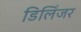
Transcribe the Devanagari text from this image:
डिलिंजर